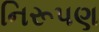
નિરૂપણ